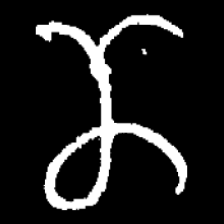
Pyu character \u2014 Myanmar letter: ဏ (romanized: nna)